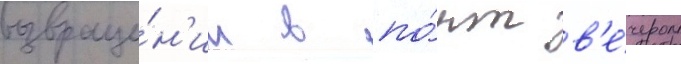
возвраще́н'ии в по́рт в'е́чером